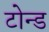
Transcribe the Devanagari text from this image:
टोन्ड